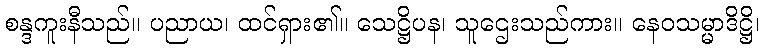
စန္ဒကူးနီသည်။ ပညာယ၊ ထင်ရှား၏။ သေဋ္ဌိပန၊ သူဌေးသည်ကား။ နေဝသမ္မာဒိဋ္ဌိ၊